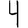
Digit: 4